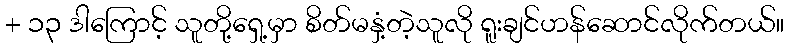
+ ၁၃ ဒါကြောင့် သူတို့ရှေ့မှာ စိတ်မနှံ့တဲ့သူလို ရူးချင်ဟန်ဆောင်လိုက်တယ်။